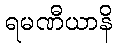
ရမဏီယာနိ